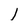
Character: I